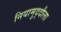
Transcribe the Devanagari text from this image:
नियामुद्दौला